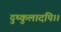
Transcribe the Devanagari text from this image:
दुष्कुलादपि।।